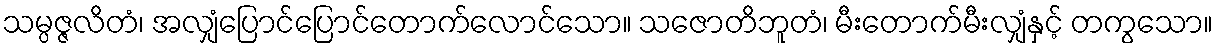
သမ္ပဇ္ဇလိတံ၊ အလျှံပြောင်ပြောင်တောက်လောင်သော။ သဇောတိဘူတံ၊ မီးတောက်မီးလျှံနှင့် တကွသော။